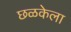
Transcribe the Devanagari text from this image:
छळकेला